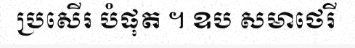
ប្រសើរ បំផុត ។ ឧប សមាថេរី